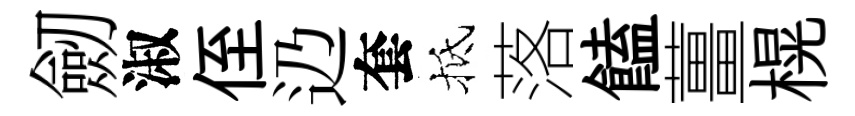
劒淑侄辸套抵落饁薑榥